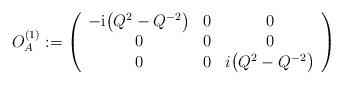
LaTeX: \begin{align*}O_A^{(1)} := \left( \begin{array}{ccc} -\mathrm i \big(Q^2 - Q^{-2}\big) & 0 & 0 \\0 & 0 & 0 \\0 & 0 & i \big(Q^2 - Q^{-2}\big)\end{array} \right)\end{align*}